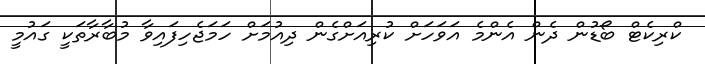
ކްރިކެޓް ބޯޑުން ދެން އެންމެ އަވަހަށް ކުރިއަށްގެން ދިއުމަށް ހަމަޖެހިފައިވާ މުބާރާތަކީ ގައުމީ